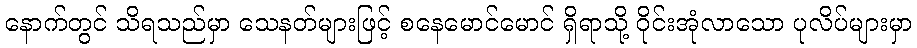
နောက်တွင် သိရသည်မှာ သေနတ်များဖြင့် စနေမောင်မောင် ရှိရာသို့ ဝိုင်းအုံလာသော ပုလိပ်များမှာ